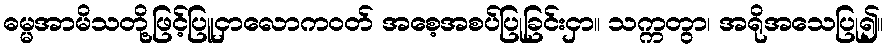
ဓမ္မအာမိသတို့ဖြင့်ပြူငှာလောကဝတ် အစေ့အစပ်ပြုခြင်းငှာ။ သက္ကတွာ၊ အရိုအသေပြု၍။